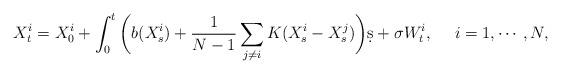
LaTeX: \begin{align*}X_t^i = X_0^i + \int_0^t\bigg(b(X_s^i) + \frac1{N-1}\sum_{j\neq i} K(X_s^i - X_s^j)\bigg)\d s + \sigma W_t^i,~~~~i=1,\cdots,N,\end{align*}